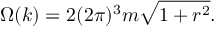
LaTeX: \Omega ( k ) = 2 ( 2 \pi ) ^ { 3 } m \sqrt { 1 + r ^ { 2 } } .